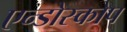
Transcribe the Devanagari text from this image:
एन्डोस्कोप